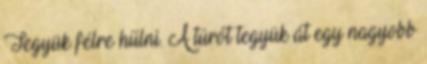
Tegyük félre hűlni. A túrót tegyük át egy nagyobb